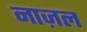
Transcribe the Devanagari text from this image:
नाज़ल